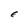
Character: E